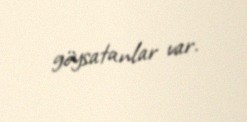
göysatanlar var.